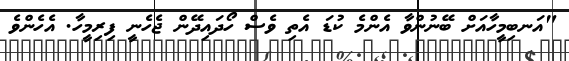
"އަނބިމީހާއަށް ބޭނުންވާ އެންމެ ކުޑަ އެތި ވެސް ހޯދައިދޭން ޖެހެނީ ފިރިމީހާ. އެހެންވެ